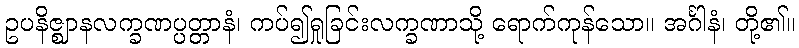
ဥပနိဇ္ဈာနလက္ခဏပ္ပတ္တာနံ၊ ကပ်၍ရှုခြင်းလက္ခဏာသို့ ရောက်ကုန်သော။ အင်္ဂါနံ၊ တို့၏။